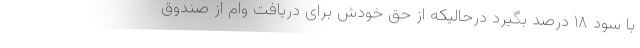
با سود ۱۸ درصد بگیرد درحالیکه از حق خودش برای دریافت وام از صندوق